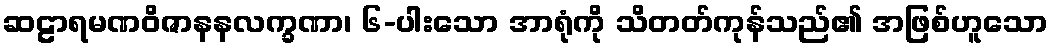
ဆဠာရမဏဝိဇာနနလက္ခဏာ၊ ၆-ပါးသော အာရုံကို သိတတ်ကုန်သည်၏ အဖြစ်ဟူသော